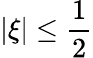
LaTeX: |\xi|\leq\frac 12